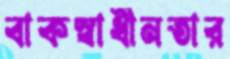
বাকস্বাধীনতার